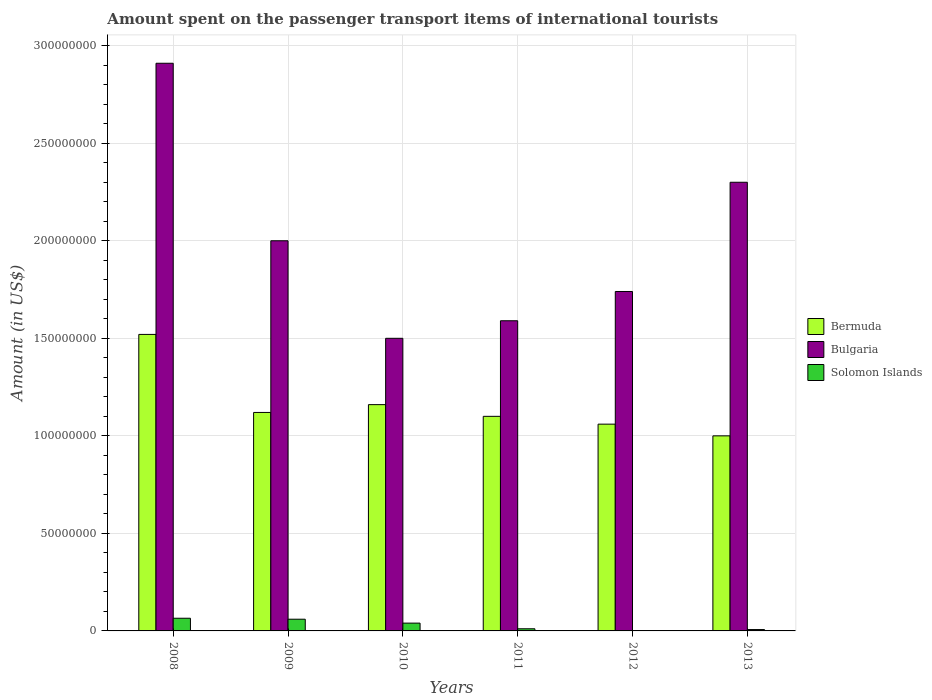
| Years | Bermuda | Bulgaria | Solomon Islands |
 | --- | --- | --- | --- |
 | 2008 | 1.52e+08 | 2.91e+08 | 6.5e+06 |
 | 2009 | 1.12e+08 | 2e+08 | 6e+06 |
 | 2010 | 1.16e+08 | 1.5e+08 | 4e+06 |
 | 2011 | 1.1e+08 | 1.59e+08 | 1.1e+06 |
 | 2012 | 1.06e+08 | 1.74e+08 | 2e+05 |
 | 2013 | 1e+08 | 2.3e+08 | 7e+05 |